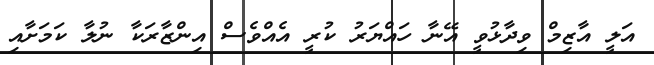
އަލީ އާޒިމް ވިދާޅުވީ އޭނާ ހައްޔަރު ކުރީ އެއްވެސް އިންޒާރަކާ ނުލާ ކަމަށާއި